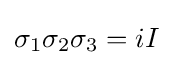
\sigma _{1}\sigma _{2}\sigma _{3}=iI